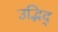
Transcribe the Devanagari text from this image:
उद्भिद्